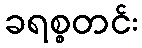
ခရစ္စတင်း